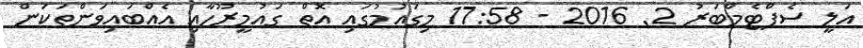
އަލީ ސެޕްޓެމްބަރު 2